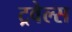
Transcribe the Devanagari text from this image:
ट्रवेल्स